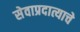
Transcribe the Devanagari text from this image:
सेवाप्रदात्याचे